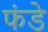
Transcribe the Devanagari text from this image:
फंडे